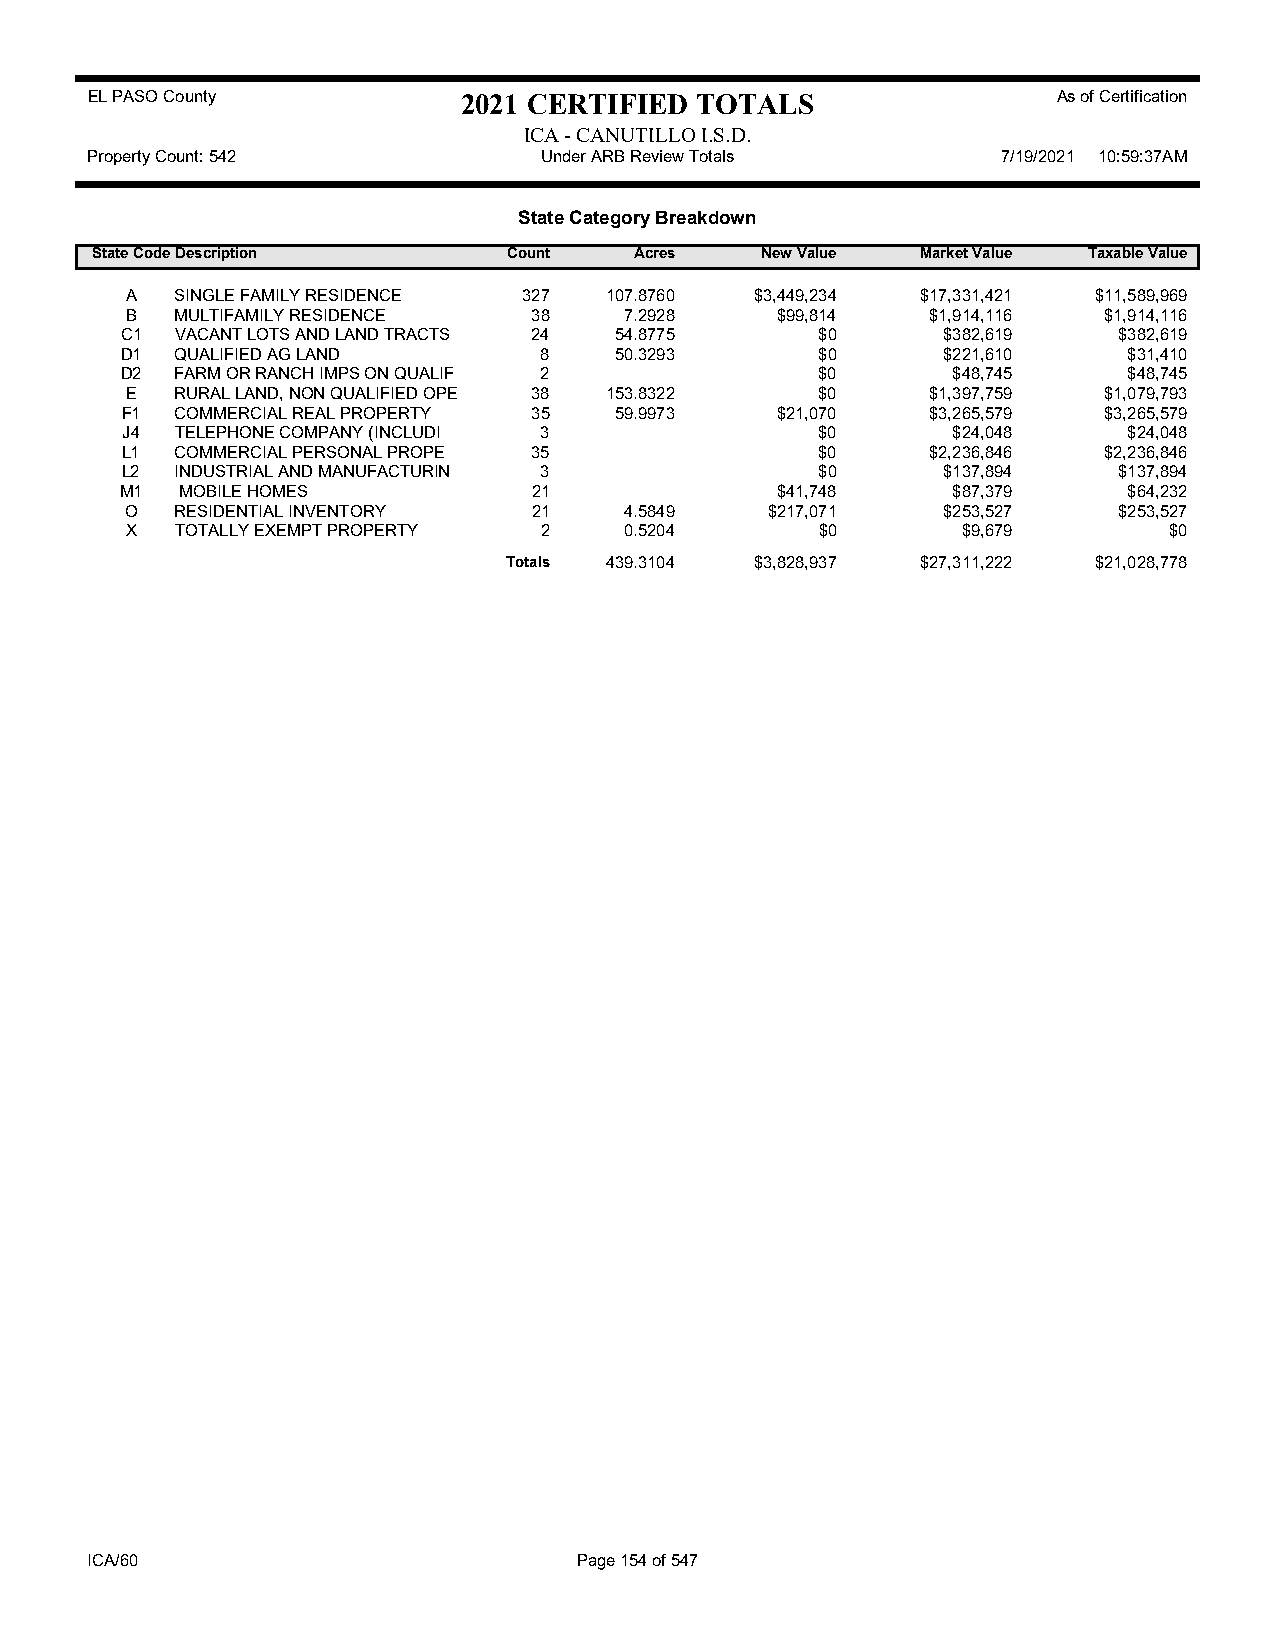
EL PASO County           2021 CERTIFIED TOTALS                  As of Certification
 ICA - CANUTILLO I.S.D.
 Property Count: 542           Under ARB Review Totals       7/19/2021 10:59:37AM
 State Category Breakdown
 State CodeDescription       Count   Acres   New Value  Market Value Taxable Value
 A   SINGLE FAMILY RESIDENCE 327 107.8760  $3,449,234 $17,331,421 $11,589,969
 B   MULTIFAMILY RESIDENCE  38    7.2928    $99,814    $1,914,116 $1,914,116
 C1  VACANT LOTS AND LAND TRACTS 24 54.8775    $0      $382,619    $382,619
 D1  QUALIFIED AG LAND       8    50.3293      $0      $221,610     $31,410
 D2  FARM OR RANCH IMPS ON QUALIF 2            $0       $48,745     $48,745
 E   RURAL LAND, NON QUALIFIED OPE 38 153.8322 $0      $1,397,759 $1,079,793
 F1  COMMERCIAL REAL PROPERTY 35  59.9973   $21,070    $3,265,579 $3,265,579
 J4  TELEPHONE COMPANY (INCLUDI 3              $0       $24,048     $24,048
 L1  COMMERCIAL PERSONAL PROPE 35              $0      $2,236,846 $2,236,846
 L2  INDUSTRIAL AND MANUFACTURIN 3             $0      $137,894    $137,894
 M1  MOBILE HOMES           21              $41,748     $87,379     $64,232
 O   RESIDENTIAL INVENTORY  21    4.5849    $217,071   $253,527    $253,527
 X   TOTALLY EXEMPT PROPERTY 2    0.5204       $0        $9,679       $0
 Totals 439.3104 $3,828,937 $27,311,222 $21,028,778
 ICA/60                          Page 154 of 547